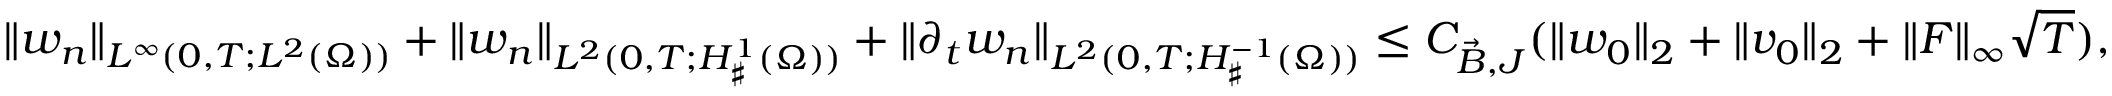
\| w _ { n } \| _ { L ^ { \infty } ( 0 , T ; L ^ { 2 } ( \Omega ) ) } + \| w _ { n } \| _ { L ^ { 2 } ( 0 , T ; H _ { \sharp } ^ { 1 } ( \Omega ) ) } + \| \partial _ { t } w _ { n } \| _ { L ^ { 2 } ( 0 , T ; H _ { \sharp } ^ { - 1 } ( \Omega ) ) } \leq C _ { \Vec { B } , J } ( \| w _ { 0 } \| _ { 2 } + \| v _ { 0 } \| _ { 2 } + \| F \| _ { \infty } \sqrt { T } ) ,